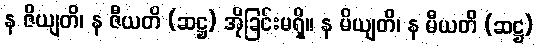
န ဇိယျတိ၊ န ဇီယတိ (ဆဋ္ဌ) အိုခြင်းမရှိ။ န မိယျတိ၊ န မီယတိ (ဆဋ္ဌ)